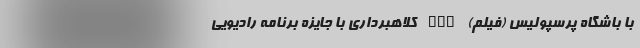
با باشگاه پرسپولیس (فیلم) nan کلاهبرداری با جایزه برنامه رادیویی